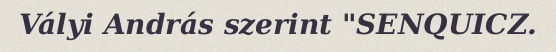
Vályi András szerint "SENQUICZ.